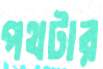
পথটার